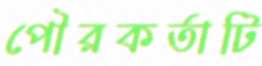
পৌরকর্তাটি